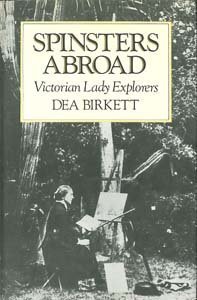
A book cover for Spinsters Abroad: Victorian Lady Explorers; Dea Birkett; Travel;